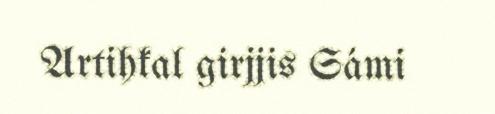
Artihkal girjjis Sámi